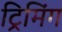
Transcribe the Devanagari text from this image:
ट्रिमिंग